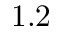
1 . 2